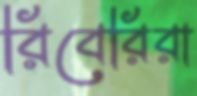
রিবেরিরা